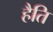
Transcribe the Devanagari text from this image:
हैति